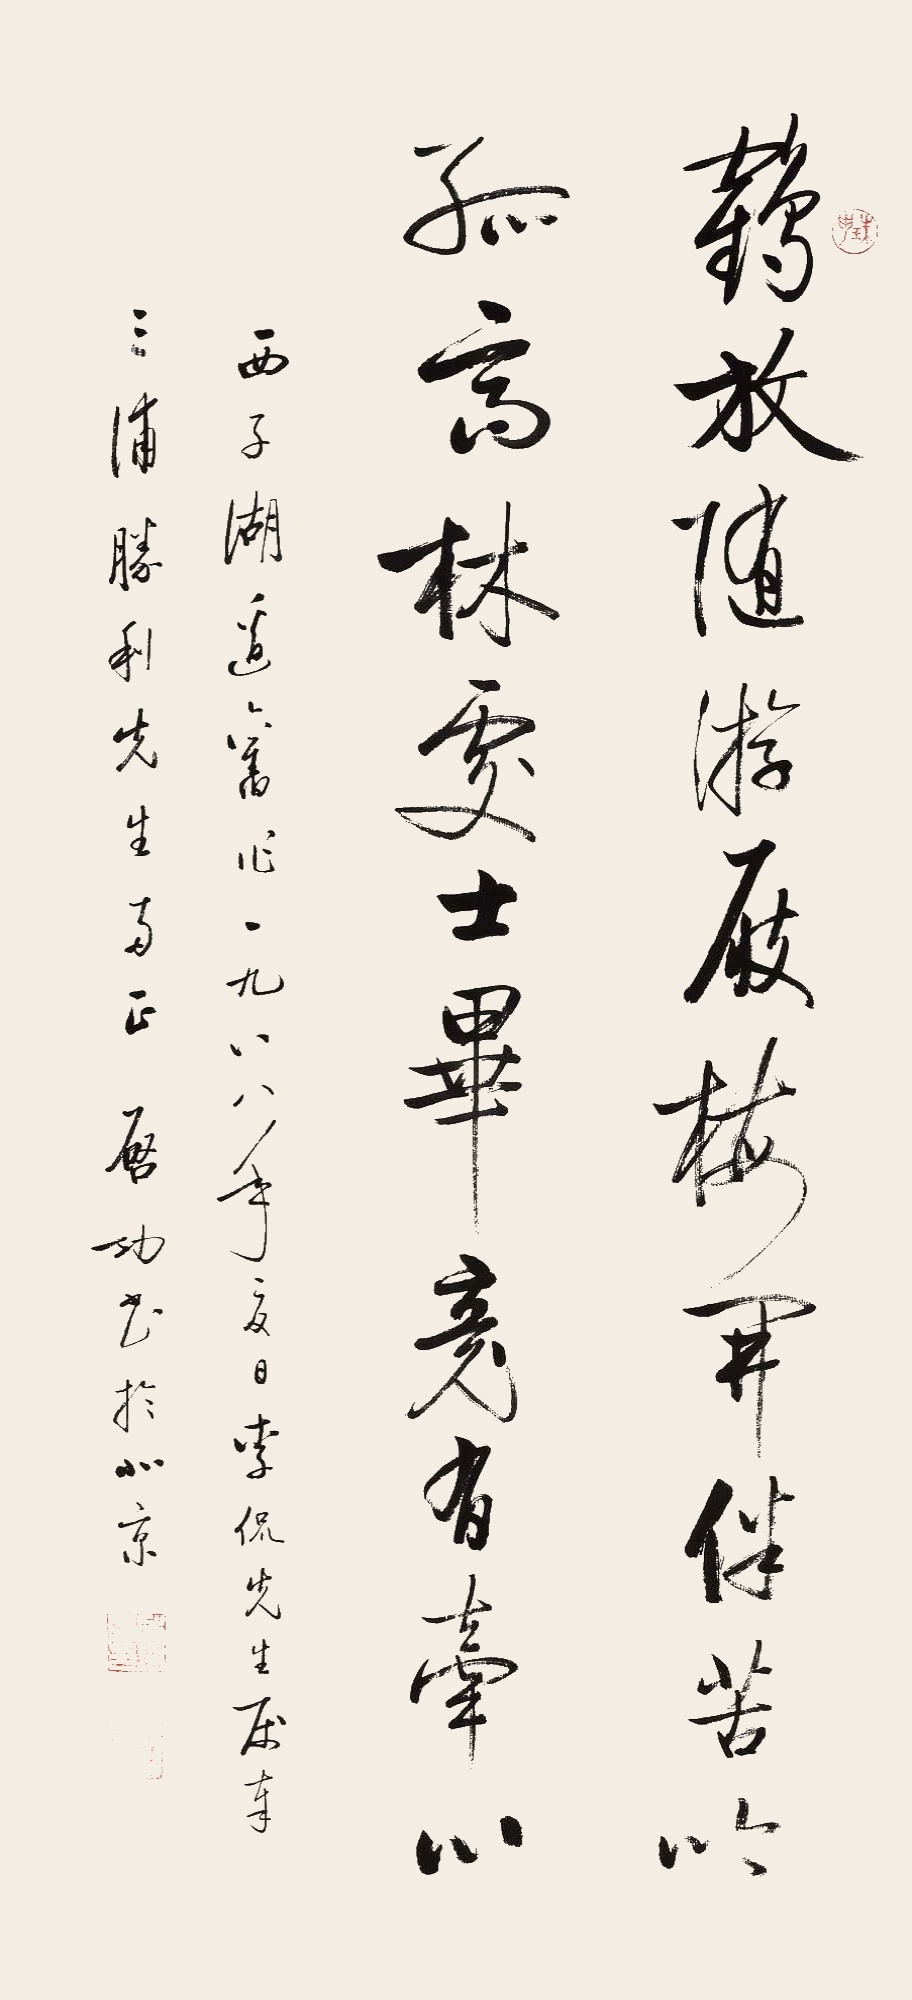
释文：鹤放随游履,梅开伴苦吟。孤高林处士,毕竟有牵心。西子湖边旧作。一九八八年夏日，李侃先生属奉三浦胜利先生两正。启功书于北京。